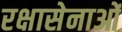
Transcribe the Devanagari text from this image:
रक्षासेनाओं